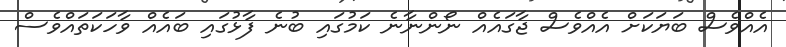
އެއްވެސް ބަޔަކަށް އެއްވެސް ޖާގައެއް ނޯންނާނެ ކަމުގައި ބުނެ ފާޅުގައި ބައެއް ވާހަކަތައްވެސް